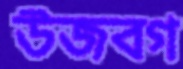
উজবগ